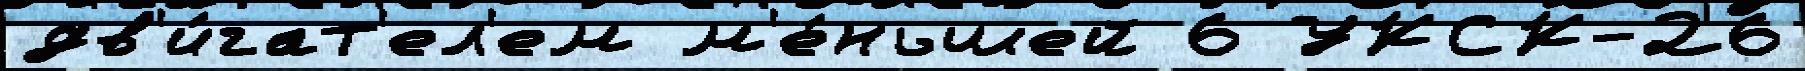
дв'и́гат'ел'ем м'е́ньшей 6 УКСК-26